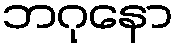
ဘဂုနော